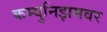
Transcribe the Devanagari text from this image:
कम्युनिझमवर